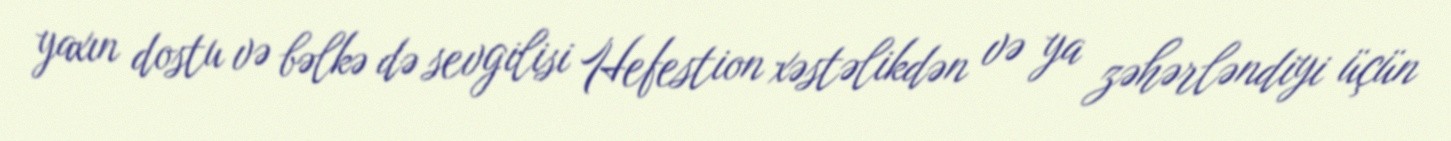
yaxın dostu və bəlkə də sevgilisi Hefestion xəstəlikdən və ya zəhərləndiyi üçün